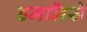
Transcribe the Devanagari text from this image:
डमलिसे